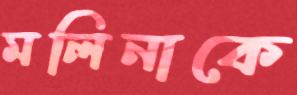
মলিনাকে